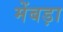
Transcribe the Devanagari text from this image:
मेंबड़ा